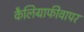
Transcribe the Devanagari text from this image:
कैलिग्राफीवापर